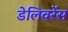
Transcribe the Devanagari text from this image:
डेलिवरेंस